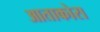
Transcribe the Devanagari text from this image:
आताकोरा